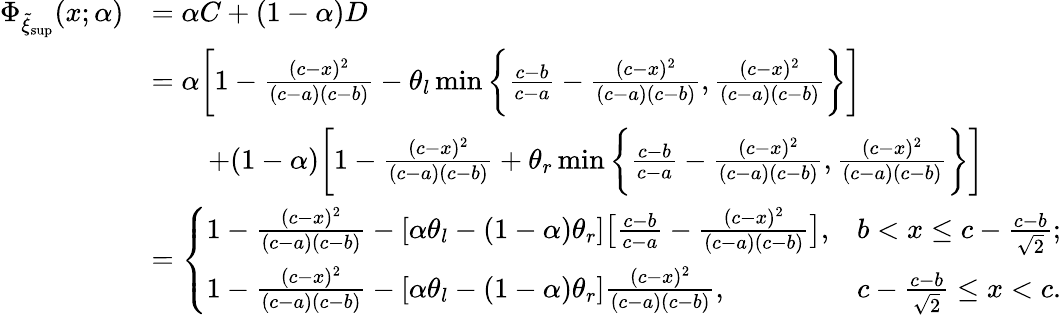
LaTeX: \begin{array}{rl}{\Phi_{\tilde{\xi}_{\operatorname*{sup}}}(x;\alpha)}&{=\alpha C+(1-\alpha)D}\\ &{=\alpha\bigg[1-\frac{(c-x)^{2}}{(c-a)(c-b)}-\theta_{l}\operatorname*{min}\bigg\{ \frac{c-b}{c-a}-\frac{(c-x)^{2}}{(c-a)(c-b)},\frac{(c-x)^{2}}{(c-a)(c-b)}\bigg\} \bigg]}\\ &{\qquad+(1-\alpha)\bigg[1-\frac{(c-x)^{2}}{(c-a)(c-b)}+\theta_{r}\operatorname*{min}\bigg\{ \frac{c-b}{c-a}-\frac{(c-x)^{2}}{(c-a)(c-b)},\frac{(c-x)^{2}}{(c-a)(c-b)}\bigg\} \bigg]}\\ &{=\left\{ \begin{array}{ll}{1-\frac{(c-x)^{2}}{(c-a)(c-b)}-[\alpha\theta_{l}-(1-\alpha)\theta_{r}]\big[\frac{c-b}{c-a}-\frac{(c-x)^{2}}{(c-a)(c-b)}\big],}&{b<x\leq c-\frac{c-b}{\sqrt{2}};}\\ {1-\frac{(c-x)^{2}}{(c-a)(c-b)}-[\alpha\theta_{l}-(1-\alpha)\theta_{r}]\frac{(c-x)^{2}}{(c-a)(c-b)},}&{c-\frac{c-b}{\sqrt{2}}\leq x<c.}\end{array}\right.}\end{array}